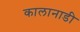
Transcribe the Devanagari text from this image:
कालानाडी